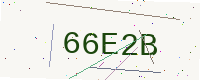
Text: 66E2B